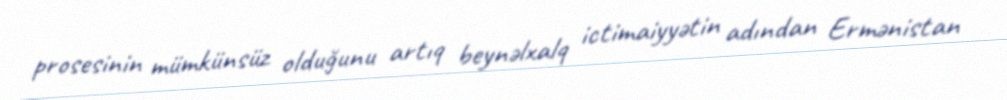
prosesinin mümkünsüz olduğunu artıq beynəlxalq ictimaiyyətin adından Ermənistan